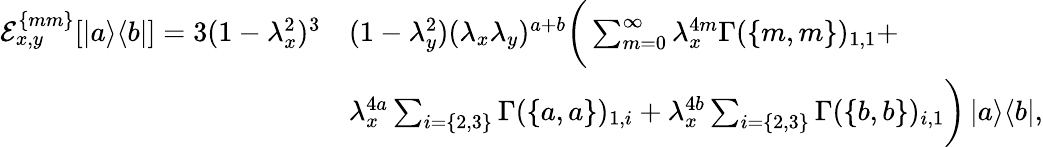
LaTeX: \begin{array}{rl}{\mathcal{E}_{x,y}^{\{ mm\} }[\left|a\middle>\middle<b\right|]=3(1-\lambda_{x}^{2})^{3}}&{(1-\lambda_{y}^{2})(\lambda_{x}\lambda_{y})^{a+b}\bigg(\sum_{m=0}^{\infty}\lambda_{x}^{4m}\Gamma(\{ m,m\} )_{1,1}+}\\ &{\lambda_{x}^{4a}\sum_{i=\{ 2,3\} }\Gamma(\{ a,a\} )_{1,i}+\lambda_{x}^{4b}\sum_{i=\{ 2,3\} }\Gamma(\{ b,b\} )_{i,1}\bigg)\left|a\middle>\middle<b\right|,}\end{array}